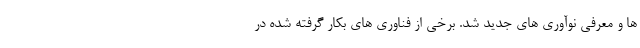
ها و معرفی نوآوری های جدید شد. برخی از فناوری های بکار گرفته شده در